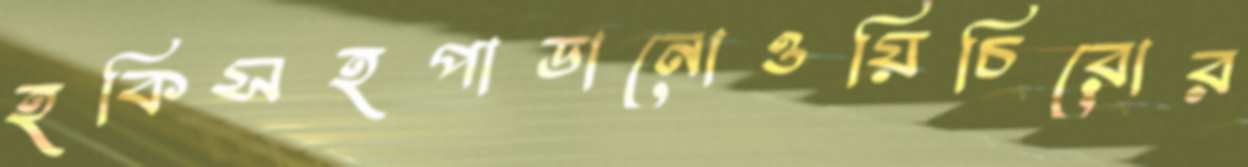
হকিসহপাডানোওয়িচিরোর